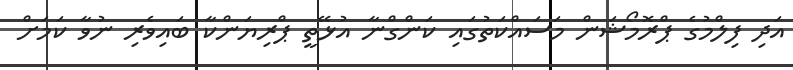
އަދި ފިލްމުގެ ޕްރޮމޯޝަން މަސައްކަތުގައި ކަންގްނާ އުޅޭތީ ޕްރިޔަންކާ ބައިވެރި ނުވާ ކަމަށް